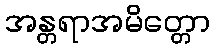
အန္တရာအမိတ္တော